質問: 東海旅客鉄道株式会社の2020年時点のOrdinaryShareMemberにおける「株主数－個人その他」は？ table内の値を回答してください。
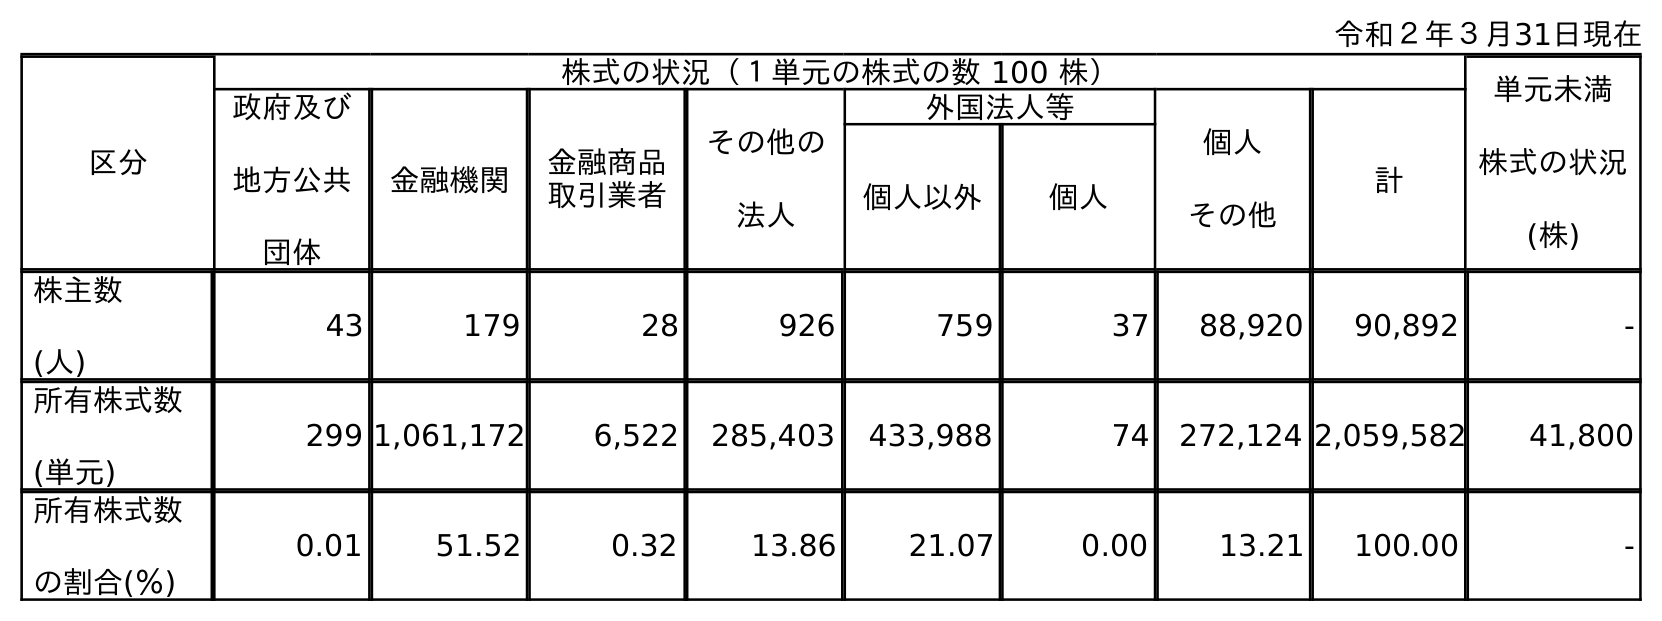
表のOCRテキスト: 令和２年３月31日現在 区分 株式の状況（１単元の株式の数 100 株） 単元未満 株式の状況 (株) 政府及び 地方公共 団体 金融機関 金融商品 取引業者 その他の 法人 外国法人等 個人 その他 計 個人以外 個人 株主数 (人) 43 179 28 926 759 37 88,920 90,892 - 所有株式数 (単元) 299 1,061,172 6,522 285,403 433,988 74 272,124 2,059,582 41,800 所有株式数 の割合(％) 0.01 51.52 0.32 13.86 21.07 0.00 13.21 100.00 -
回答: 88,920